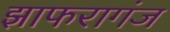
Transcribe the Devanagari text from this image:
झाफरागंज